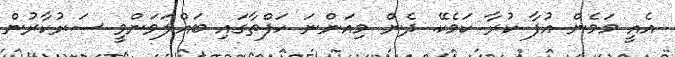
އެއީ މަމެން އުފާ ކުރާ ކަމެކޭ. ދެން މިއަންނަ ހަފްތާގައި ބައްލަވަންވީ ސަރުކާރުން